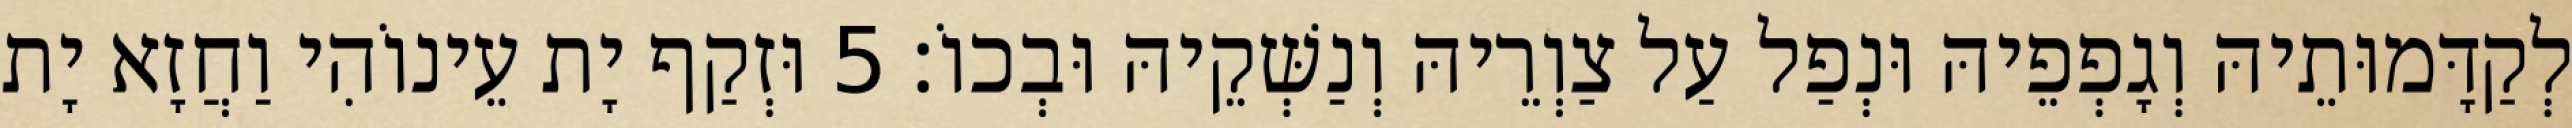
לְקַדָּמוּתֵיהּ וְגָפְפֵיהּ וּנְפַל עַל צַוְרֵיהּ וְנַשְּׁקֵיהּ וּבְכוֹ׃ 5 וּזְקַף יָת עֵינוֹהִי וַחֲזָא יָת